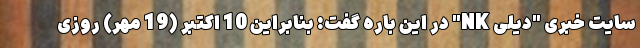
سایت خبری "دیلی NK" در این باره گفت: بنابراین 10 اکتبر (19 مهر) روزی